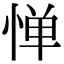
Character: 惮